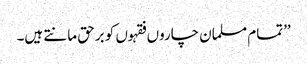
’’تمام مسلمان چاروں فقہوں کو برحق مانتے ہیں۔